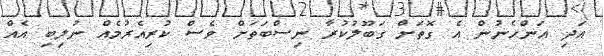
އަދި އަންހެނުން އެ ގޮތަށް ގަބޫލުކުރާ ނިސްބަތަށް ވެސް ކުރިއެރުމެއް ނުލިބި އެއް